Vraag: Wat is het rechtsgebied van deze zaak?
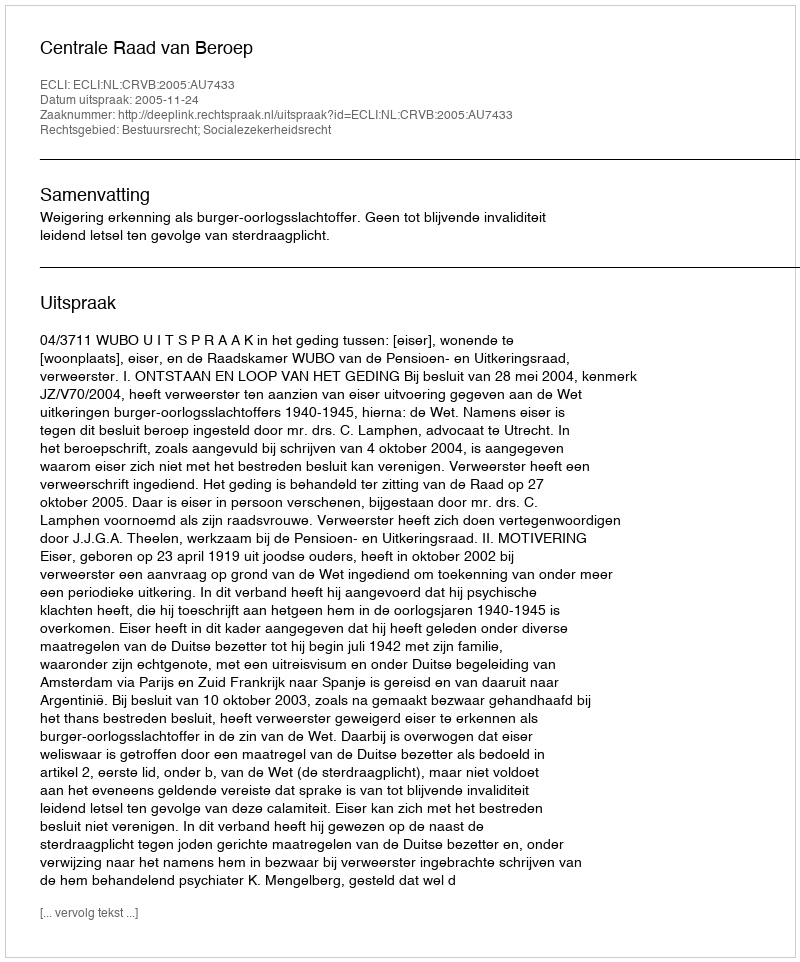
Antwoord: Bestuursrecht; Socialezekerheidsrecht